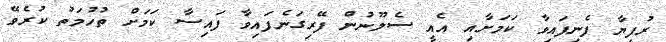
ރުފިޔާ ފެނިފައިވާ ކަމަށާއި އެއީ ސެލޫނުން ފޭރިގަނެފައިވާ ފައިސާ ކަމަށް ތުހުމަތު ކުރެވޭ